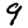
Digit: 9